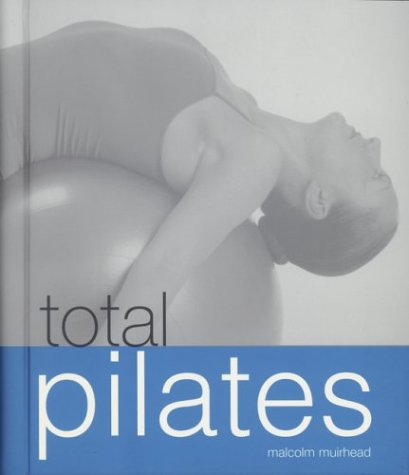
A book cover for Total Pilates (Total (Thunder Bay Press)); Malcolm Muirhead; Health, Fitness & Dieting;